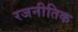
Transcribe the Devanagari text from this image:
रजनीतिक